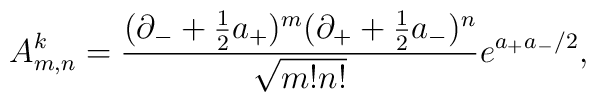
A^k_{m,n}=\frac{(\partial_- + \frac{1}{2} a_+)^m(\partial_+ +\frac{1}{2} a_-)^n} {\sqrt{m!n!}} e^{a_+a_-/2},